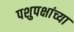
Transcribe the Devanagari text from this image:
पशुपक्षांच्या